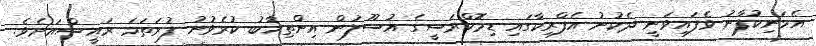
އެމަނިކުފާނު ވެފައިވަނީ ދެކުނު އެފްރިކާގައި ޑިމޮކްރަސީގެ އުސޫލުން އިންތިޚާބު ކުރެވުނު ފުރަތަމަ ރައީސްއަށެވެ.